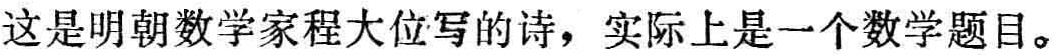
这是明朝数学家程大位写的诗，实际上是一个数学题目。